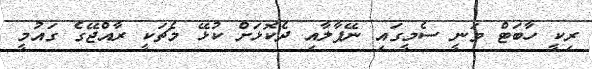
ރިކީ ހާބަޓް ވަނީ ސެމީގައި ނޭޕާލާއި ދެކޮޅަށް ކުޅޭ މެޗަކީ ރާއްޖޭގެ ގައުމީ